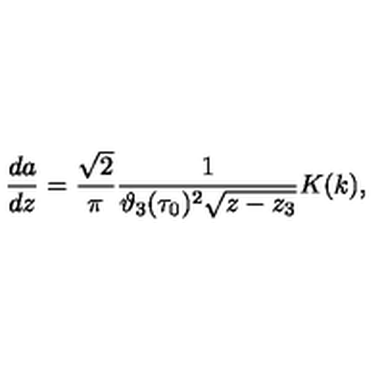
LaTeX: \frac { d a } { d z } = \frac { \sqrt { 2 } } { \pi } \frac { 1 } { \vartheta _ { 3 } ( \tau _ { 0 } ) ^ { 2 } \sqrt { z - z _ { 3 } } } K ( k ) ,